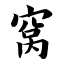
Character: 窝